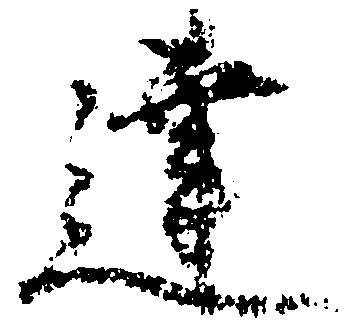
達